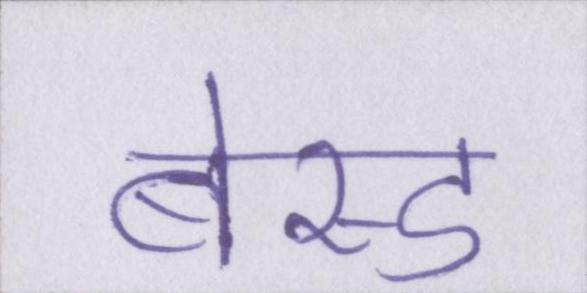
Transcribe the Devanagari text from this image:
बेस्ड